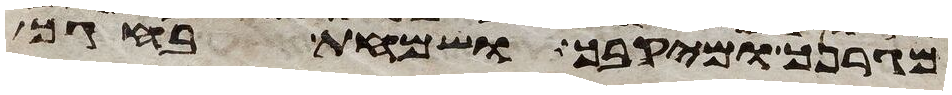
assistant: מגרנך ומיקבך ושמחת בחגך